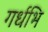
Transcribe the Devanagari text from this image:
गर्धभि